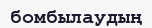
бомбылаудың